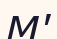
М'